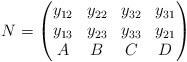
LaTeX: \begin{align*}N=\begin{pmatrix}y_{12} & y_{22} & y_{32} & y_{31} \\y_{13} & y_{23} & y_{33} & y_{21} \\A & B & C & D\end{pmatrix}\end{align*}